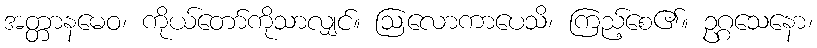
အတ္တာနမေဝ၊ ကိုယ်တော်ကိုသာလျှင်။ ဩလောကာပေသိ၊ ကြည့်စေ၏။ ဥဂ္ဂသေနော၊